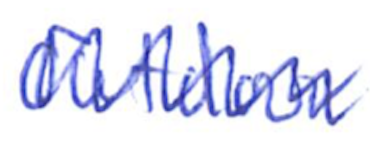
Text: Outdoor
Cross-out: zig-zag
Writing tool: ballpoint